Lunatic asylums in Bengal annual reports 1888-1898 - 1888-1898
Year: 1888
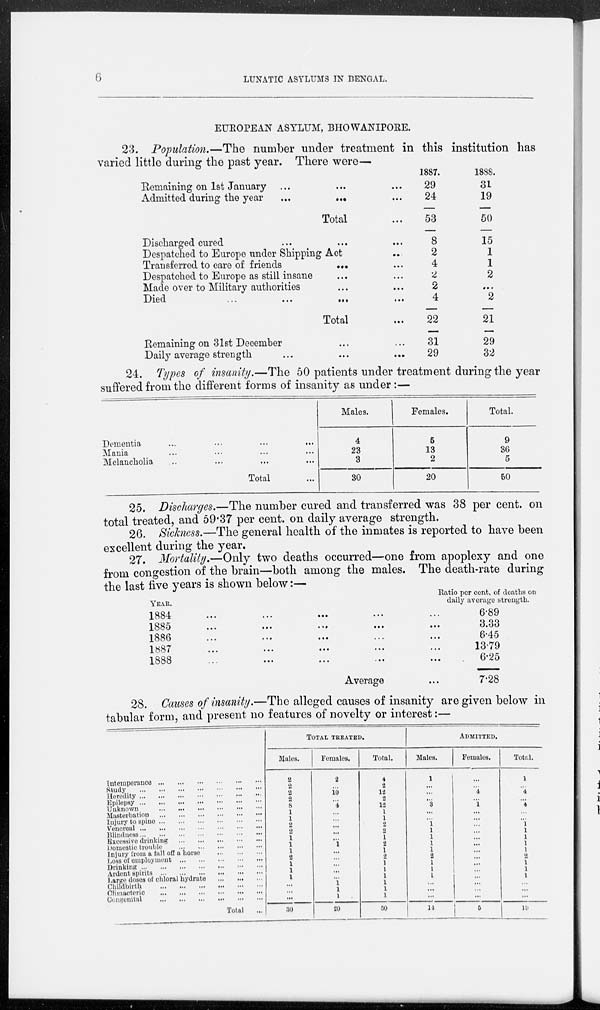
6
LUNATIC ASYLUMS IN BENGAL.
EUROPEAN ASYLUM, BHOWANIPORE.
23. Population.—The number under treatment in this institution has
varied little during the past year. There were—
Remaining on 1st January
...
...
...
Admitted during the year
...
...
...
Total
...
1887.
29
24
53
1888.
31
19
50
Discharged cured
...
...
...
Despatched to Europe under Shipping Act
...
Transferred to care of friends
...
...
Despatched to Europe as still insane
...
...
Made over to Military authorities
...
...
Died
...
...
...
...
Total
...
Remaining on 31st December ... ...
Daily average strength
...
...
...
8
2
4
2
2
4
22
31
29
15
1
1
2
...
2
21
29
32
24. Types of insanity.—The 50 patients under treatment during the year
suffered from the different forms of insanity as under :—
Dementia
...
...
...
...
Mania ... ... ... ...
Melancholia ... ... ... ...
Total ...
Males.
4
23
3
30
Females.
5
13
2
20
Total.
9
36
5
50
25. Discharges.—The number cured and transferred was 38 per cent. on
total treated, and 59.37 per cent. on daily average strength.
26. Sickness.—The general health of the inmates is reported to have been
excellent during the year.
27. Mortality.—Only two deaths occurred—one from apoplexy and one
from congestion of the brain—both among the males. The death-rate during
the last five years is shown below:—
YEAR.
Ratio per cent. of deaths on
daily average strength.
1884
...
...
...
...
...
1885
...
...
...
...
...
1886
...
...
...
...
...
1887
...
...
...
...
...
1888
...
...
...
...
Average ...
6.89
3.33
6.45
13.79
6.25
7.28
28. Causes of insanity.—The alleged causes of insanity are given below in
tabular form, and present no features of novelty or interest:—
Intemperance
...
...
...
...
...
...
Study
...
...
...
...
...
...
...
Heredity
...
...
...
...
...
...
...
Epilepsy
...
...
...
...
...
...
...
Unknown
...
...
...
...
...
...
...
Masterbation
...
...
...
...
...
...
...
Injury to spine ... ... ... ... ... ... ...
Venereal
...
...
...
...
...
...
...
...
Blindness
...
...
...
...
...
...
...
Excessive drinking
...
...
...
...
...
Domestic trouble
...
...
...
...
...
Injury from a fall off a horse
...
...
...
Loss of employment
...
...
...
...
...
Drinking
...
...
...
...
...
...
...
Ardent spirits
...
...
...
...
...
...
Large doses of chloral hydrate
...
...
...
Childbirth
...
...
...
...
...
...
Climacteric
...
...
...
...
...
...
Congenital
...
...
...
...
...
...
Total ...
TOTAL TREATED.
Males.
2
2
2
...
8
1
1
...
...
1
1
1
2
1
1
1
...
...
...
30
Females.
2
...
10
...
4
...
...
...
...
...
1
...
...
...
...
...
1
1
1
20
Total.
4
2
12
2
12
1
1
...
2
1
2
1
2
1
1
1
1
1
1
50
ADMITTED.
Males.
1
...
...
...
3
...
...
1
1
1
1
1
2
1
1
1
...
...
...
14
Females.
...
...
4
...
1
...
...
...
...
...
...
...
...
...
...
...
...
...
...
5
Total.
1
...
4
...
4
...
...
1
1
1
1
1
2
1
1
1
...
...
...
19